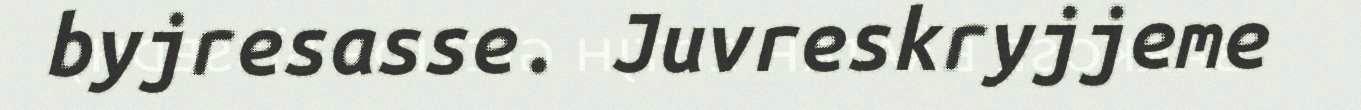
byjresasse. Juvreskryjjeme